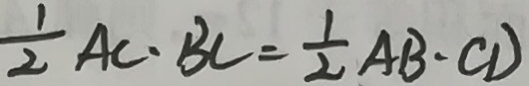
\frac { 1 } { 2 } A C \cdot B C = \frac { 1 } { 2 } A B \cdot C D